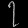
Digit: ၇